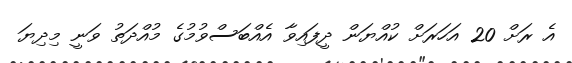
އެ ރަށް 20 އަހަރަށް ކުއްޔަން ދީފައިވާ އެއްބަސްވުމުގެ މުއްދަތު ވަނީ މިދިޔަ